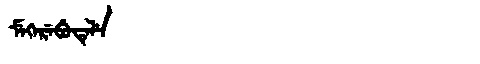
Manchu: ᠮᡝᡴᡝᡵᡝᠪᡠᡨᡝᠯᡝ
Romanization: MEKEREBUTELE